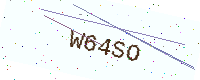
Text: W64SO